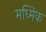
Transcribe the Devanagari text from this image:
मध्मिक